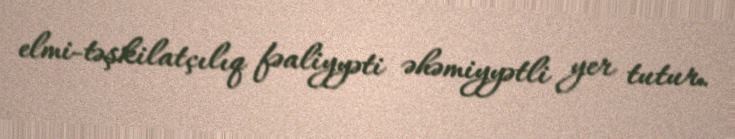
elmi-təşkilatçılıq fəaliyyəti əhəmiyyətli yer tutur.